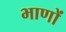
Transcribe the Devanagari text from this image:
भाणों